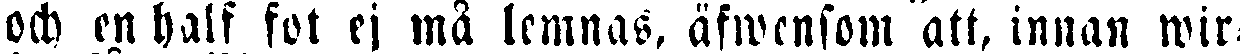
och en half fot ej må lemnas, äfwensom att, innan wir